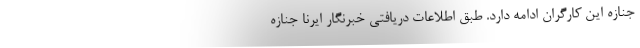
جنازه این کارگران ادامه دارد. طبق اطلاعات دریافتی خبرنگار ایرنا جنازه